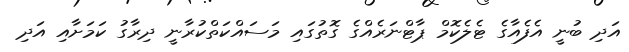
އަދި ބުނީ އެފެއާގެ ޓެލެކޮމް ޕާޓްނަރެއްގެ ގޮތުގައި މަސައްކަތްކުރާނީ ދިރާގު ކަމަށާއި އަދި